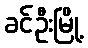
ခင်ဦးမြို့